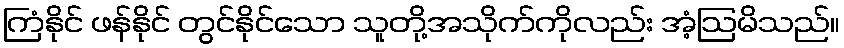
ကြံနိုင် ဖန်နိုင် တွင်နိုင်သော သူတို့အသိုက်ကိုလည်း အံ့ဩမိသည်။